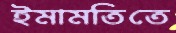
ইমামতিতে